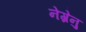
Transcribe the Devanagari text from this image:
नेग्रेनु